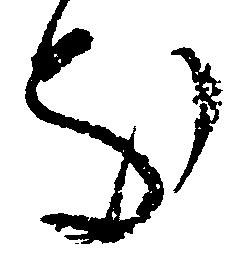
処